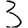
Digit: 3